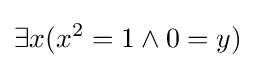
\exists x(x^{2}=1\land 0=y)